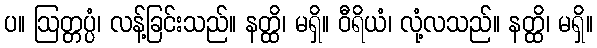
ပ။ ဩတ္တပ္ပံ၊ လန့်ခြင်းသည်။ နတ္ထိ၊ မရှိ။ ဝီရိယံ၊ လုံ့လသည်။ နတ္ထိ၊ မရှိ။